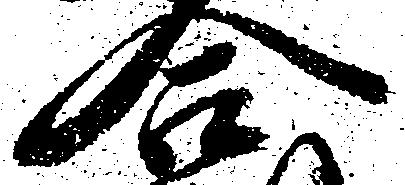
合